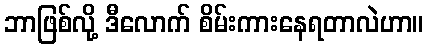
ဘာဖြစ်လို့ ဒီလောက် စိမ်းကားနေရတာလဲဟာ။